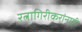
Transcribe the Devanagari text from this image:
रत्नागिरीकरांनाही